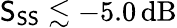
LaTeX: \mathsf{S}_{\mathsf{S}\mathsf{S}}\lesssim-5.0\, \mathrm{{dB}}